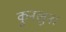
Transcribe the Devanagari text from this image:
कुनलुन।